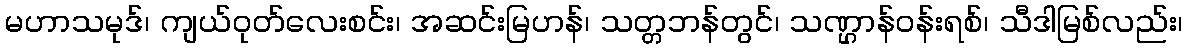
မဟာသမုဒ်၊ ကျယ်ဝုတ်လေးစင်း၊ အဆင်းမြဟန်၊ သတ္တဘန်တွင်၊ သဏ္ဌာန်ဝန်းရစ်၊ သီဒါမြစ်လည်း၊